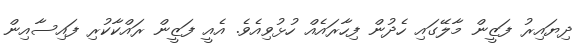
ދިޔައިރު ފަޒީން މާލޭގައި ހެދުން ފިހާރައެއް ހުޅުވިއެވެ. އެއީ ފަޒީން ރައްކާކުރި ފައިސާއިން